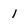
Character: 1